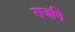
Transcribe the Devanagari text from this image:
राजनि